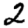
Digit: 2